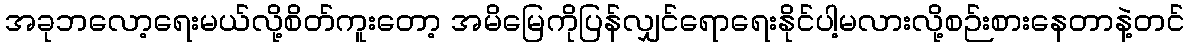
အခုဘလော့ရေးမယ်လို့စိတ်ကူးတော့ အမိမြေကိုပြန်လျှင်ရောရေးနိုင်ပါ့မလားလို့စဉ်းစားနေတာနဲ့တင်